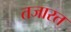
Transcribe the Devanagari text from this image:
तजारत